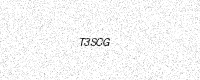
Text: T3SCG